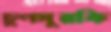
চুণসুরকি